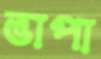
ভাপা